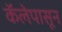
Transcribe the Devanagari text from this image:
कॅलेपासून